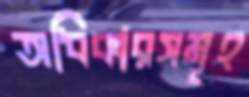
অধিকারসমূহ